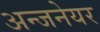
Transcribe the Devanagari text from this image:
अन्जनेयर